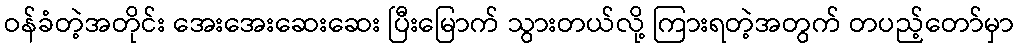
ဝန်ခံတဲ့အတိုင်း အေးအေးဆေးဆေး ပြီးမြောက် သွားတယ်လို့ ကြားရတဲ့အတွက် တပည့်တော်မှာ